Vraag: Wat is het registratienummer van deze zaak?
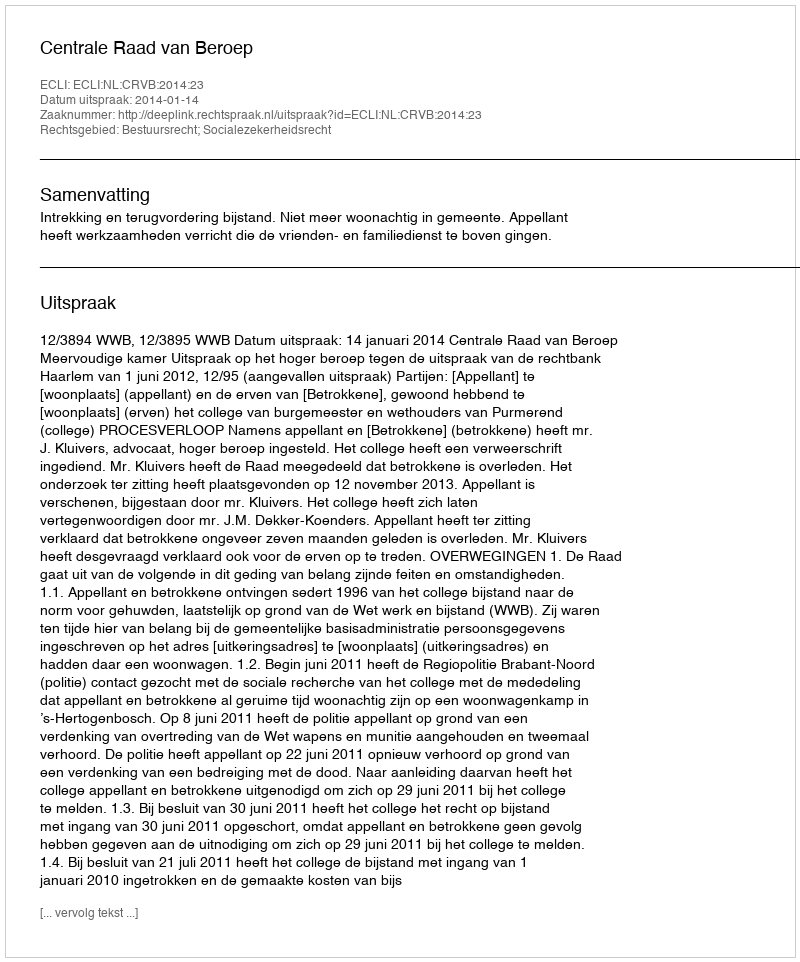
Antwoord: http://deeplink.rechtspraak.nl/uitspraak?id=ECLI:NL:CRVB:2014:23